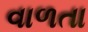
વાળતા